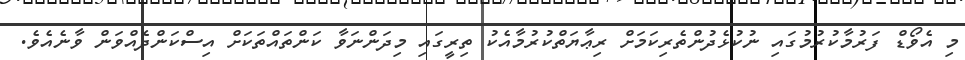
މި އެވޯޑް ފަރުމާކުރުމުގައި ނުކުޅެދުންތެރިކަމަށް ރިޢާޔަތްކުރުމާއެކު ތިރީގައި މިދަންނަވާ ކަންތައްތަކަށް އިސްކަންދެއްވަން ވާނެއެވެ.